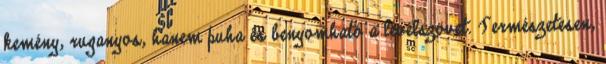
kemény, ruganyos, hanem puha és benyomható a levélszövet. Természetesen,